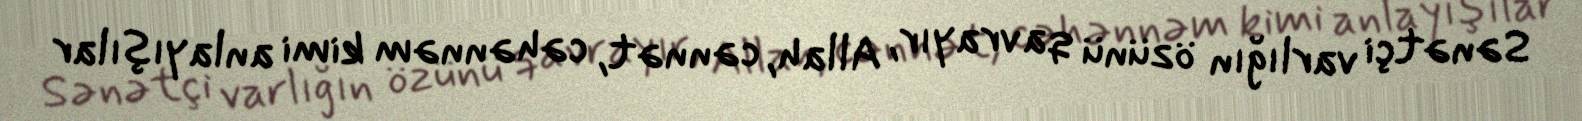
Sənətçi varlığın özünü qavrayır, Allah, cənnət, cəhənnəm kimi anlayışılar